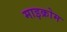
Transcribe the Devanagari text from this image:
माइक्रोम